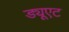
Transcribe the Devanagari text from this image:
ड्यूएट